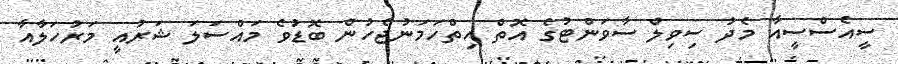
ސީއެސްސީއާ މެދު ސިވިލް ސާވަންޓުގެ އޮތް ހިތްހަމަނުޖެހުން ބޮޑުވެ މައްސަލަ ޝަރުއީ މަރުހަލާއާ